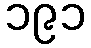
၁၉၁